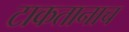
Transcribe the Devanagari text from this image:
टाकतानाच